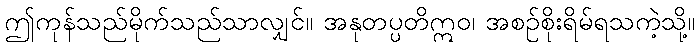
ဤကုန်သည်မိုက်သည်သာလျှင်။ အနုတပ္ပတိဣဝ၊ အစဉ်စိုးရိမ်ရသကဲ့သို့။